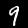
Digit: 9